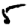
Digit: 5